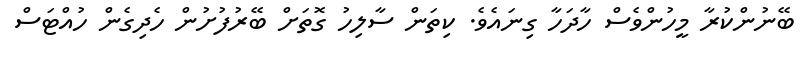
ބޭނުންކުރާ މީހުންވެސް ހާދަހާ ގިނައެވެ. ކިތަން ސާލިހު ގޮތަށް ބޭރުފުށުން ހެދިގެން ހުއްޓަސް